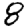
Digit: 8